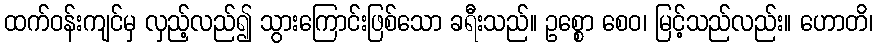
ထက်ဝန်းကျင်မှ လှည့်လည်၍ သွားကြောင်းဖြစ်သော ခရီးသည်။ ဥစ္စော စေဝ၊ မြင့်သည်လည်း။ ဟောတိ၊